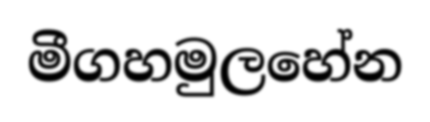
මීගහමුලහේන